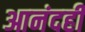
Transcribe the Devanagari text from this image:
आनंदही